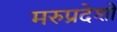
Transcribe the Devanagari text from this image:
मरुप्रदेशों